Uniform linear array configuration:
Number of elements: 24
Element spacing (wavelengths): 0.5
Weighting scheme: hamming
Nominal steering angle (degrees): -45
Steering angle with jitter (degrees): -45.149
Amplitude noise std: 0.05
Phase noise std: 0.05

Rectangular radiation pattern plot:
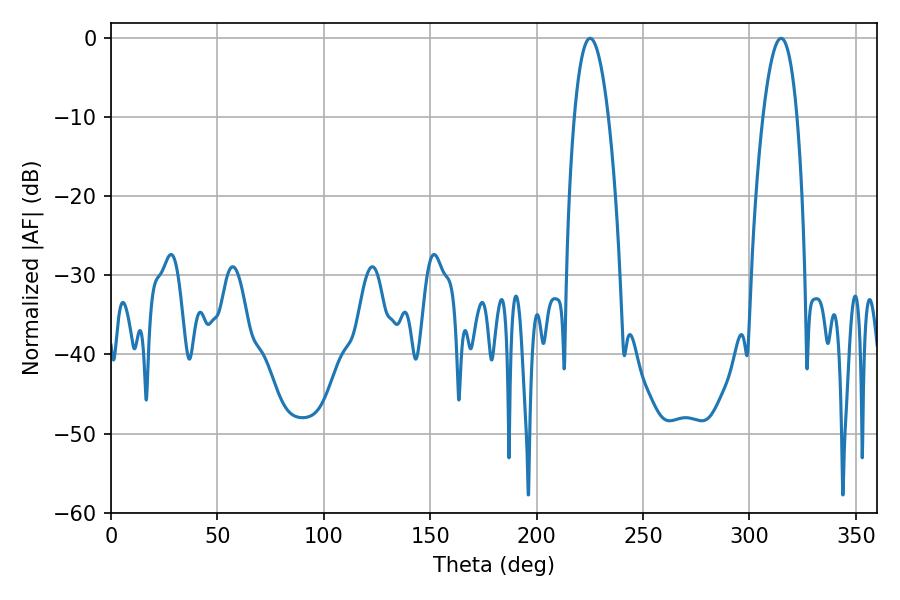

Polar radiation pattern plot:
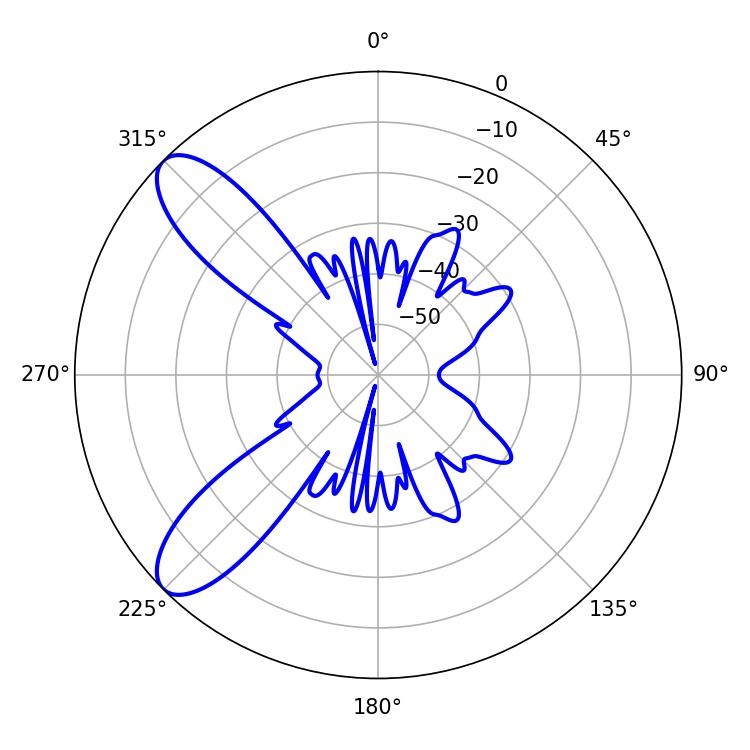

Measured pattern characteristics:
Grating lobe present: FALSE
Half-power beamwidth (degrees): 8.82
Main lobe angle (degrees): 225.18